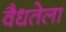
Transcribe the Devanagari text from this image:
वैधतेला